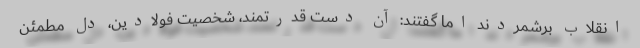
انقلاب برشمردند اما گفتند: آن دست قدرتمند، شخصیت فولادین، دل مطمئن